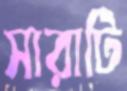
সারাটি